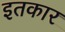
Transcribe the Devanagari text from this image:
इतकार